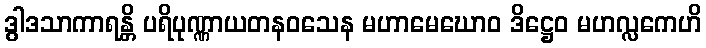
ဒွါဒသာကာရန္တိ ပရိပုဏ္ဏာယတနဝသေန မဟာမေဃောဝ ဒိဋ္ဌေဝ မဟလ္လကေဟိ